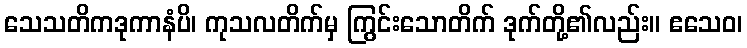
သေသတိကဒုကာနံပိ၊ ကုသလတိက်မှ ကြွင်းသောတိက် ဒုက်တို့၏လည်း။ ဧသေဝ၊